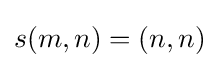
s(m,n)=(n,n)